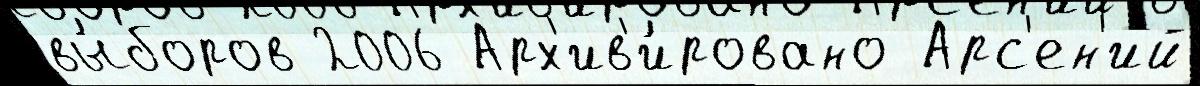
вы́боров 2006 Арх'ив'и́ровано Арс'ен'ий